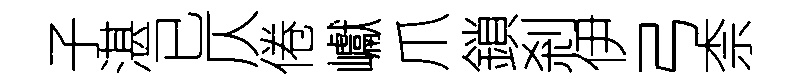
子湛已仄倦巘爪鎖剎伊弓柰